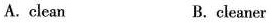
A.clean B. cleaner